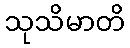
သုသိမာတိ